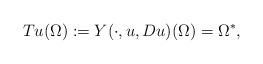
LaTeX: \begin{align*}Tu(\Omega):=Y(\cdot,u,Du)(\Omega)=\Omega^*,\end{align*}